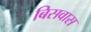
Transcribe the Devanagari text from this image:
बिसवास